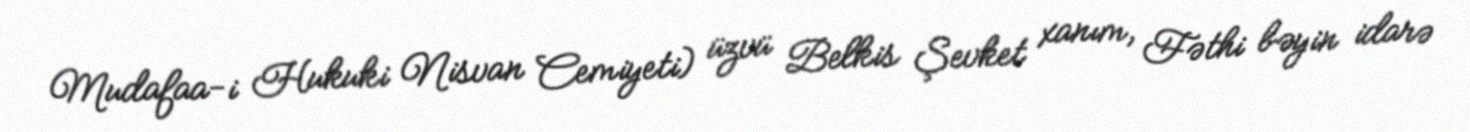
Mudafaa-i Hukuki Nisvan Cemiyeti) üzvü Belkis Şevket xanım, Fəthi bəyin idarə